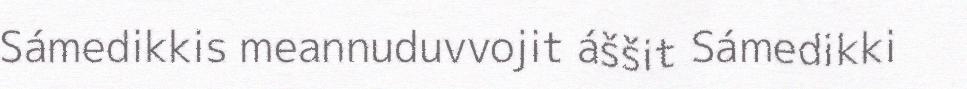
Sámedikkis meannuduvvojit áššit Sámedikki